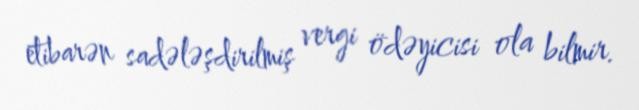
etibarən sadələşdirilmiş vergi ödəyicisi ola bilmir.